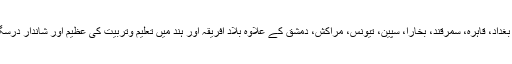
اسی صُفّہ یونیورسٹی کے نقش قدم پر چلتے ہوئے مسلمانوں نے بغداد، قاہرہ، سمرقند، بخارا، سپین، تیونس، مراکش، دمشق کے علاوہ بلاد افریقہ اور ہند میں تعلیم وتربیت کی عظیم اور شاندار درسگاہیں قائم کیں اور اقوام عالم کی امامت کے منصب پر فائز ہوئی۔